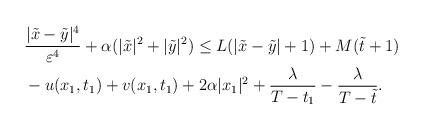
LaTeX: \begin{align*}\begin{aligned}&\frac{|\tilde{x}-\tilde{y}|^4}{\varepsilon^4}+\alpha(|\tilde{x}|^2+|\tilde{y}|^2) \leq L(|\tilde{x}-\tilde{y}|+1)+M(\tilde{t}+1)\\&- u(x_1, t_1)+v(x_1, t_1)+2\alpha|x_1|^2+{\lambda\over T-t_1}-{\lambda\over T-\tilde{t}}.\end{aligned}\end{align*}